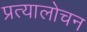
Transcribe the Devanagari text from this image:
प्रत्यालोचन